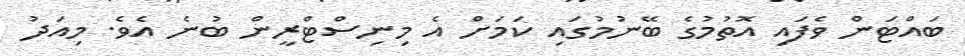
ބައްޓަން ވެފައި އޮތުމުގެ ބޭނުމުގައި ކަމަށް އެ މިނިސްޓްރީން ބުނެ އެވެ. މިއަދު